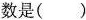
数是()